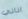
اناني